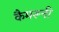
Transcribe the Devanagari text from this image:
कैमरूनी